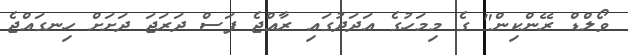
ވޯލްޑް ރޭންކިން" ގެ މިމަހުގެ އަދަދުގައި ރާއްޖެ ފަސް ދަރަޖަ ދަށަށް ހިނގައްޖެ